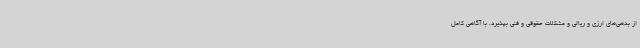
از بدهی‌های ارزی و ریالی و مشکلات حقوقی و فنی بپذیرد. با آگاهی کامل